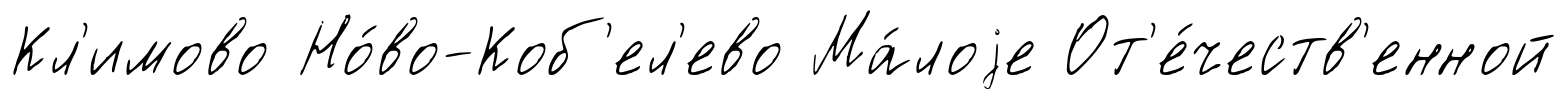
Кл'имово Но́во-Коб'ел'ево Ма́лоjе От'е́честв'енной